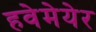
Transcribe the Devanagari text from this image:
हवेमेयेर